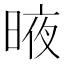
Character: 𣈋